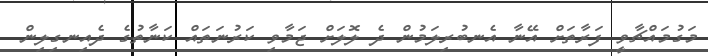
މަގުމައްޗާވީ ފަރާތަށް އޭނާ އެނބުރިލަމުން ދެ ލޮލަށް ޖަމާވި ކަރުނަތައް ކަނާތުގެ ދެއިނގިލިން